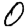
Digit: 0